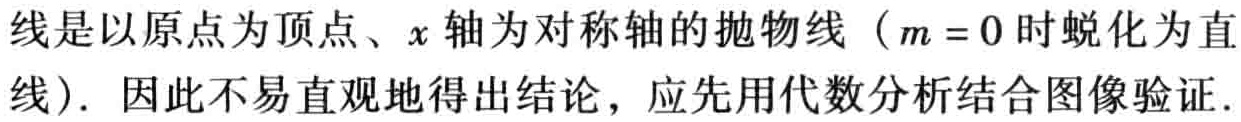
线是以原点为顶点、\(x\)轴为对称轴的抛物线（\(m = 0\)时蜕化为直线）. 因此不易直观地得出结论，应先用代数分析结合图像验证.